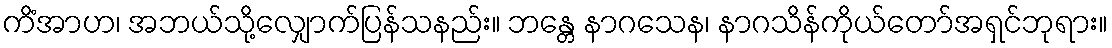
ကိံအာဟ၊ အဘယ်သို့လျှောက်ပြန်သနည်း။ ဘန္တေ နာဂသေန၊ နာဂသိန်ကိုယ်တော်အရှင်ဘုရား။